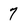
Character: 7